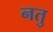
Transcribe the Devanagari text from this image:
नतु